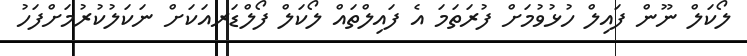
ލޯކަލް ނޫން ފައިލް ހުޅުވުމަށް ފުރަތަމަ އެ ފައިލްތައް ލޯކަލް ފޯލްޑަރއަކަށް ނަކަލުކުރުމަށްފަހު